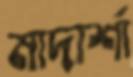
মাদার্শা